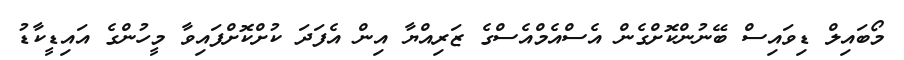
މޯބައިލް ޑިވައިސް ބޭނުންކޮށްގެން އެސްއެމްއެސްގެ ޒަރިއްޔާ އިން އެފަދަ ކުށްކޮށްފައިވާ މީހުންގެ އައިޑީކާޑު